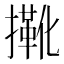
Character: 𢶤